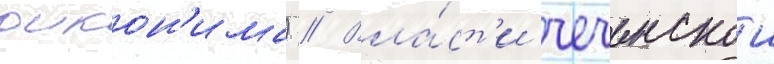
оикон'има) // Вла́ст'и чеченскои